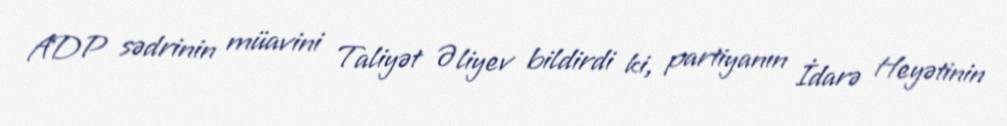
ADP sədrinin müavini Taliyət Əliyev bildirdi ki, partiyanın İdarə Heyətinin